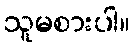
သူမစားပါ။